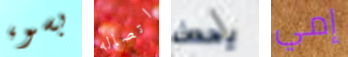
بسوء اتصاله يحدث إمي